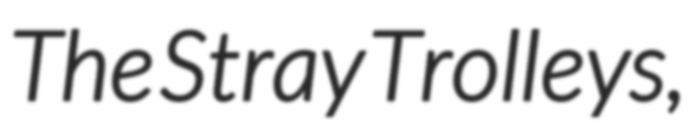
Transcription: The Stray Trolleys,